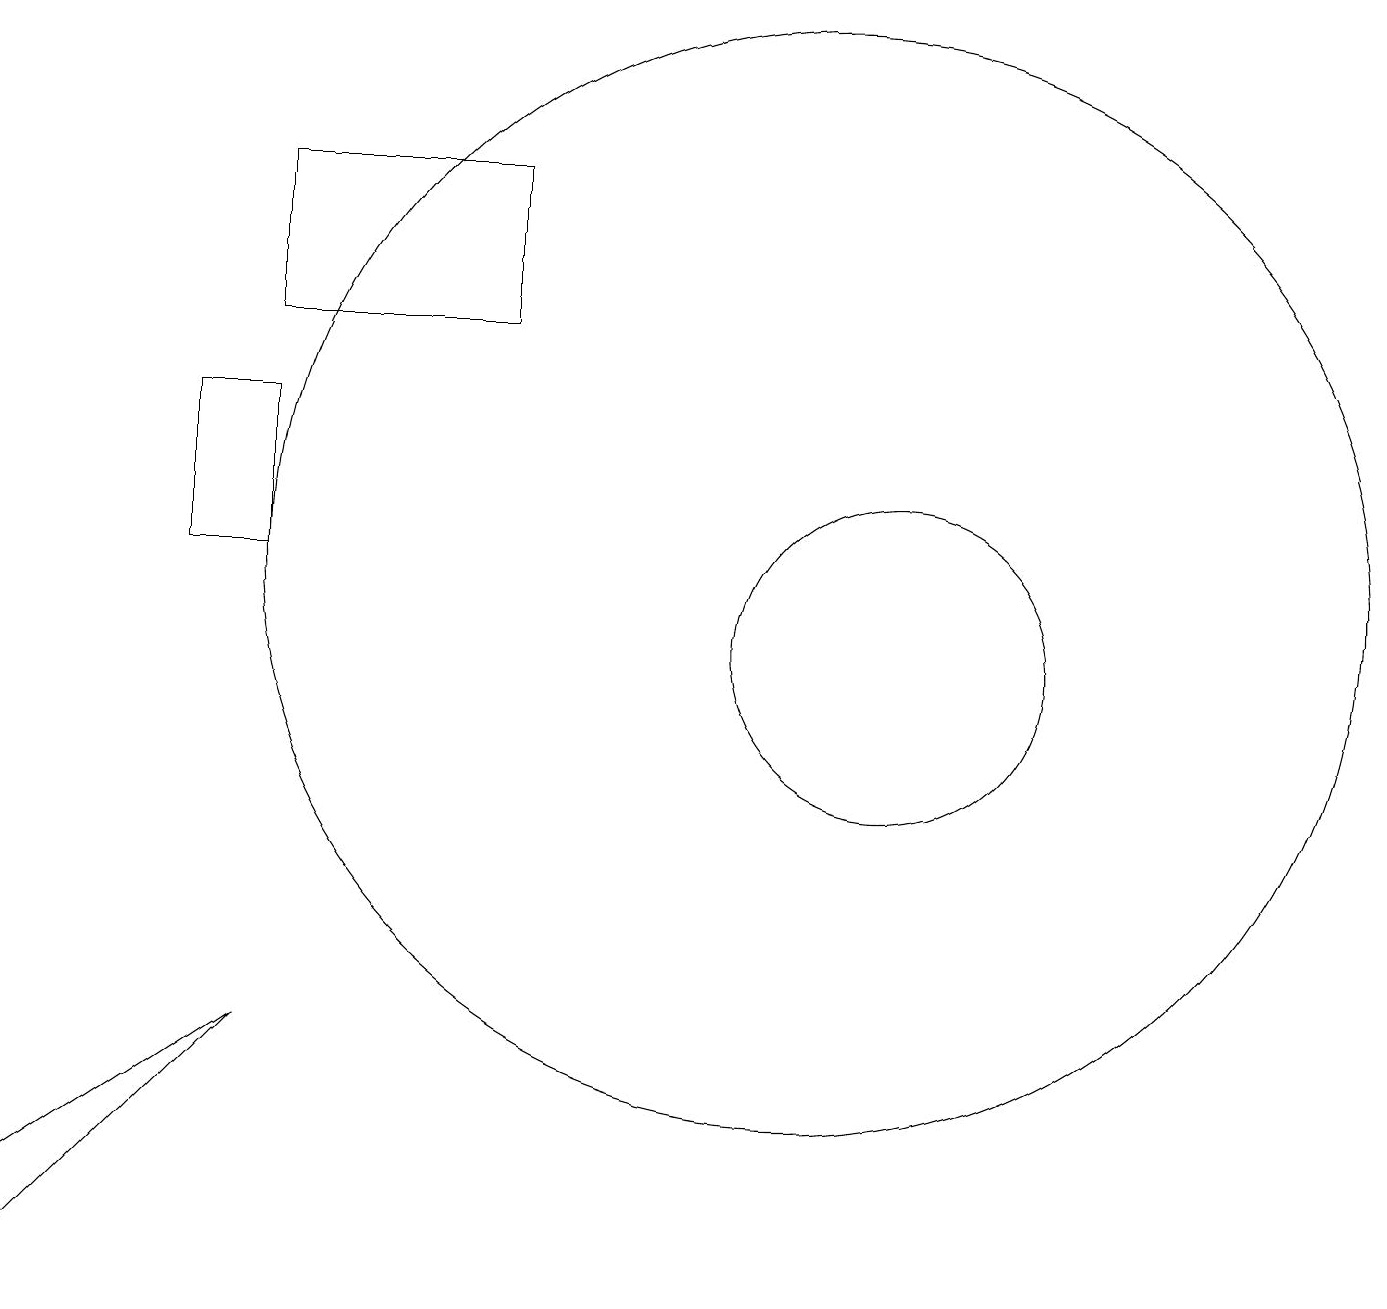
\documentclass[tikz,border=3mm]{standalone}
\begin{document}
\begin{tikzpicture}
\draw (3,13) rectangle (2,11);
\draw (3,5) -- (0,3) -- (0,2) -- cycle;
\draw (11,10) circle (2);
\draw (6,14) rectangle (3,16);
\draw (10,11) circle (7);
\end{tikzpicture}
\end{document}